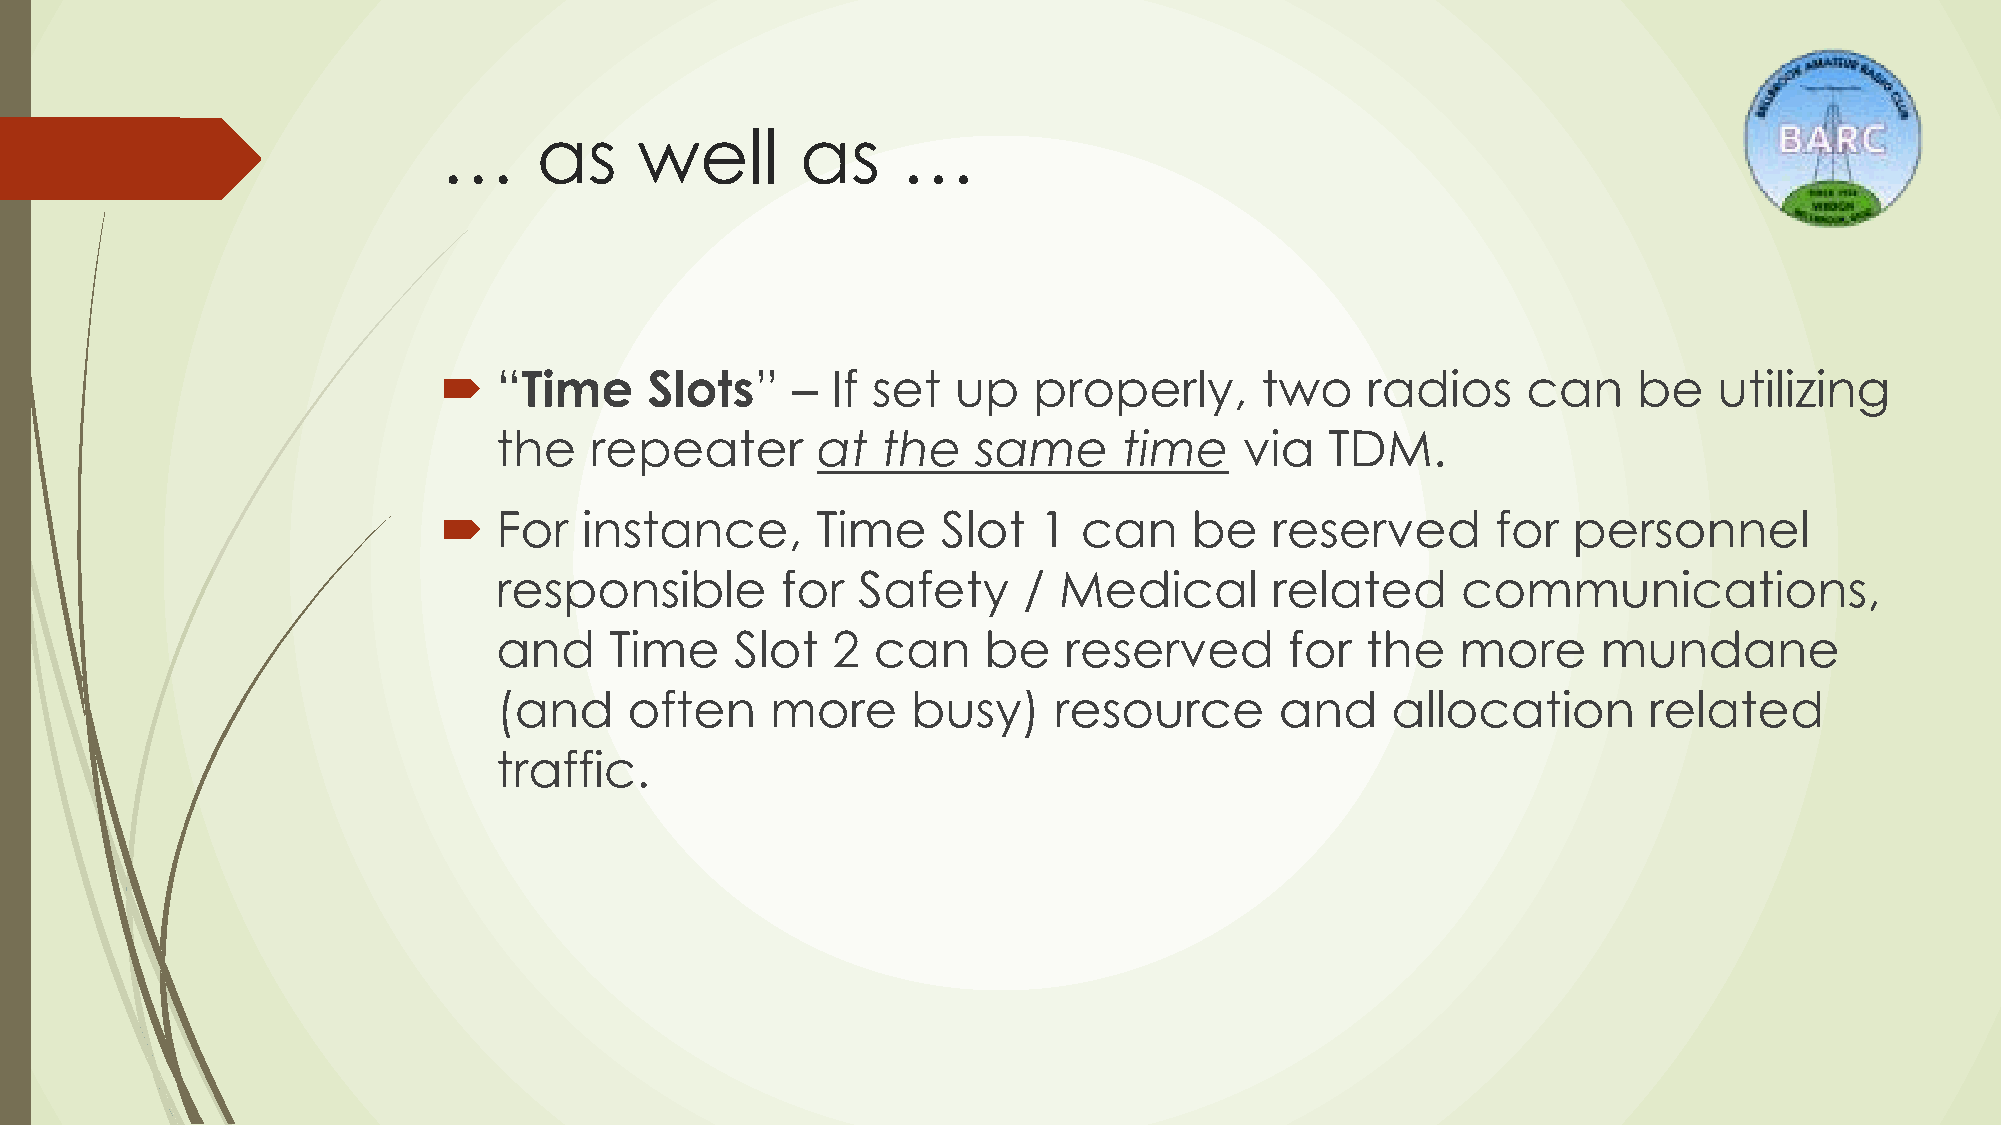
…      as    well       as     …
    “Time     Slots”   –  If set  up   properly,      two    radios     can    be    utilizing
 the   repeater       at  the    same     time    via   TDM.
    For   instance,      Time    Slot   1  can    be   reserved       for  personnel
 responsible        for  Safety     / Medical       related      communications,
 and    Time     Slot  2  can    be   reserved       for  the    more     mundane
 (and     often    more     busy)     resource       and    allocation       related
 traffic.